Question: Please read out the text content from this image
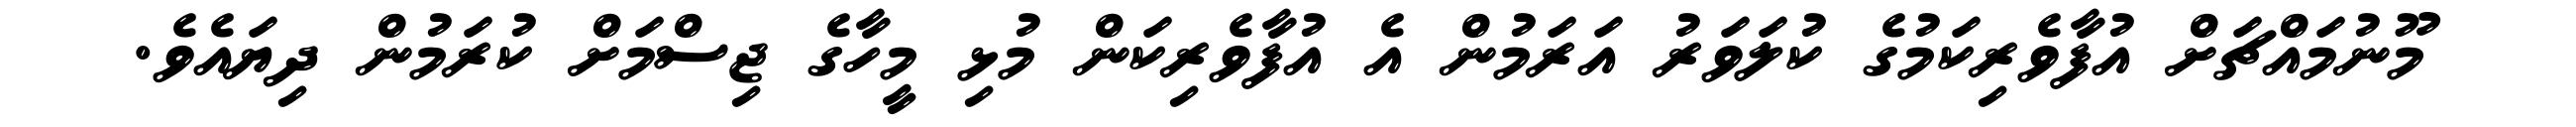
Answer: މޫނުމައްޗަށް އުފާވެރިކަމުގެ ކުލަވަރު އަރަމުން އެ އުފާވެރިކަން މުޅި މީހާގެ ޖިސްމަށް ކުރަމުން ދިޔައެވެ.